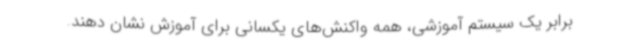
برابر یک سیستم آموزشی، همه واکنش‌های یکسانی برای آموزش نشان دهند.